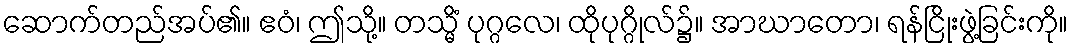
ဆောက်တည်အပ်၏။ ဧဝံ၊ ဤသို့။ တသ္မိံ ပုဂ္ဂလေ၊ ထိုပုဂ္ဂိုလ်၌။ အာဃာတော၊ ရန်ငြိုးဖွဲ့ခြင်းကို။